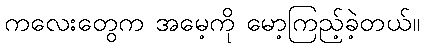
ကလေးတွေက အမေ့ကို မော့ကြည့်ခဲ့တယ်။